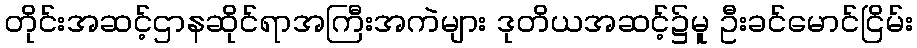
တိုင်းအဆင့်ဌာနဆိုင်ရာအကြီးအကဲများ ဒုတိယအဆင့်၌မူ ဦးခင်မောင်ငြိမ်း